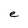
Character: e